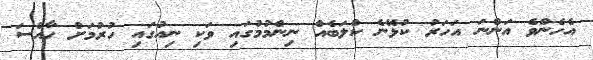
އެހެންވެ އަންނަ އަހަރު ކުޅޭނެ ކްލަބެއް ނިންމުމުގައި ވަކި ނިއުގައި ހުރުމަށް ހާއްސަ